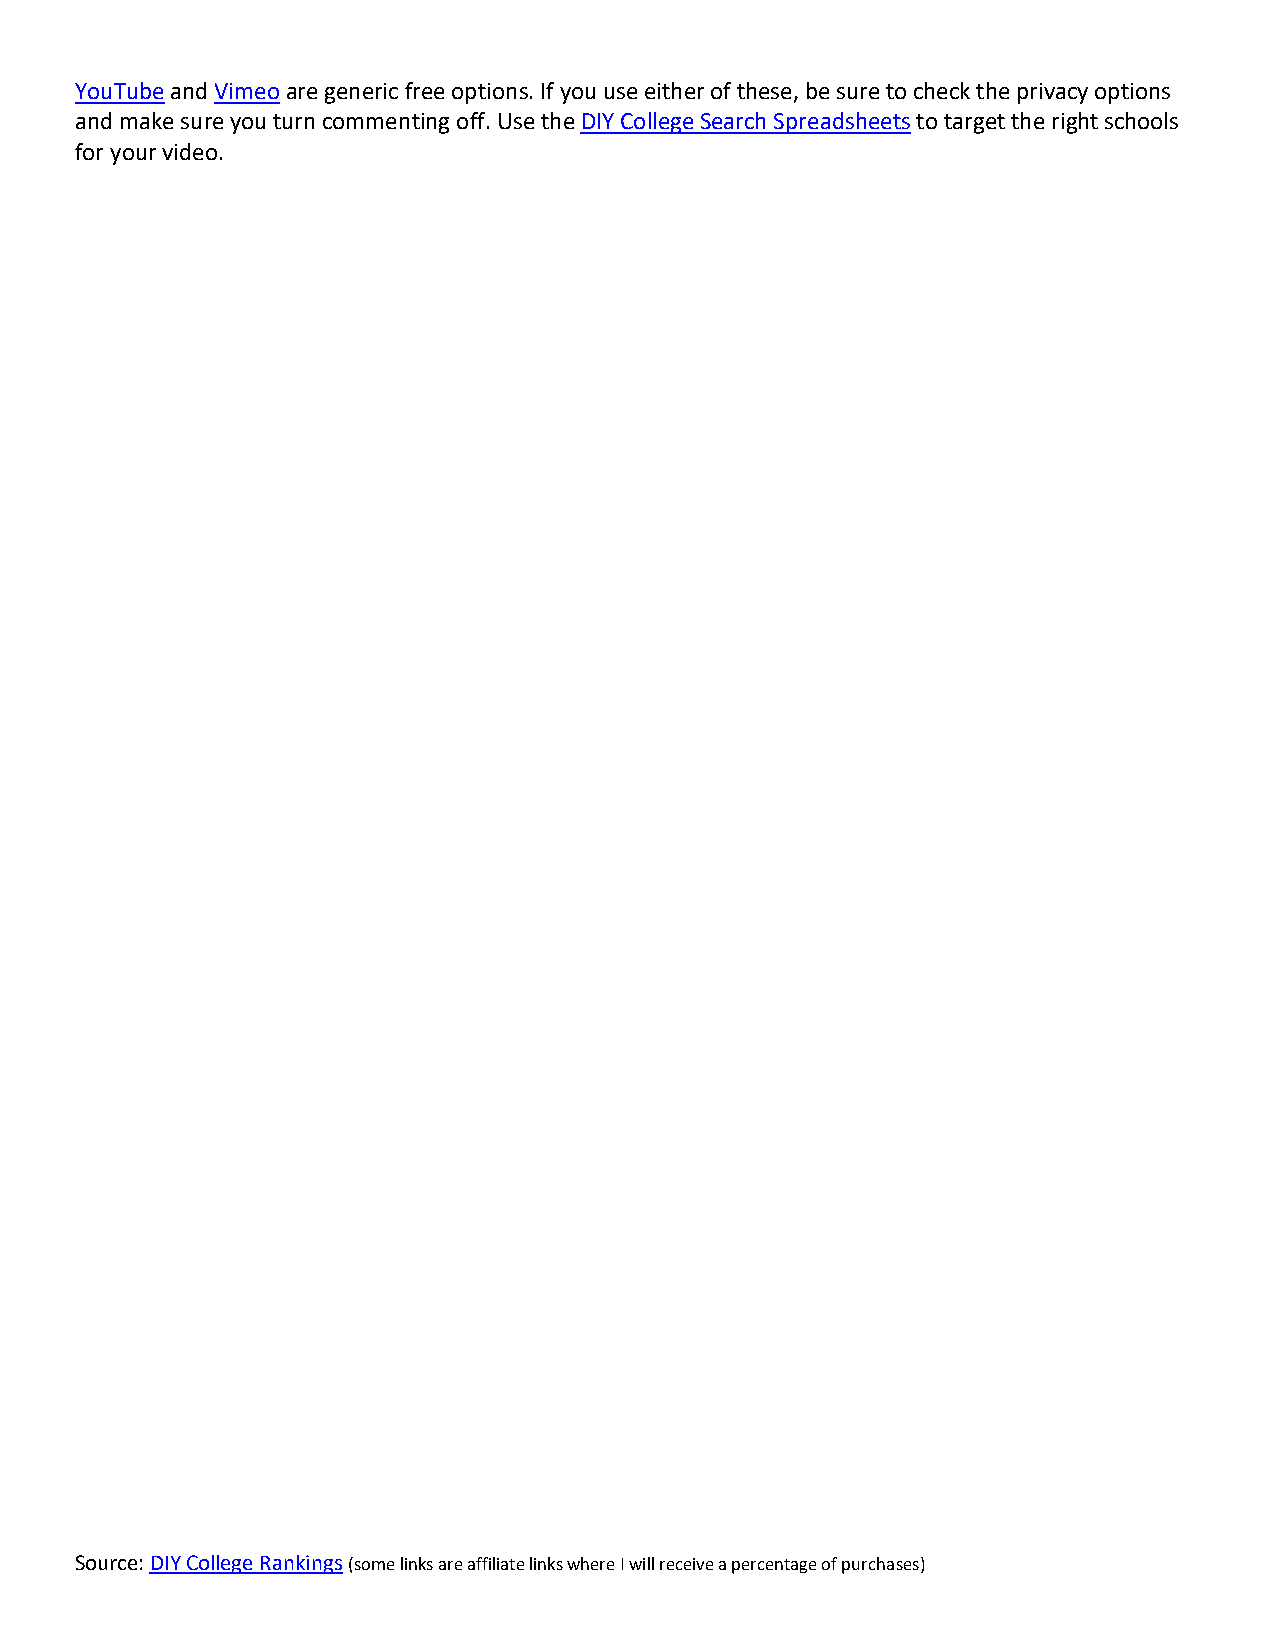
YouTube and Vimeo are generic free options. If you use either of these, be sure to check the privacy options
 and make sure you turn commenting off. Use the DIY College Search Spreadsheets to target the right schools
 for your video.
 Source: DIY College Rankings (some links are affiliate links where I will receive a percentage of purchases)